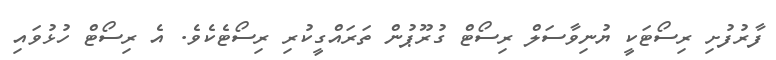
ފާރުފުށި ރިސޯޓަކީ ޔުނިވާސަލް ރިސޯޓް ގުރޫޕުން ތަރައްގީކުރި ރިސޯޓެކެވެ. އެ ރިސޯޓް ހުޅުވައި